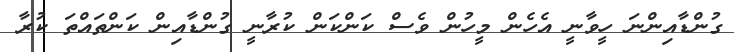
ގުންޑާއިންނަ ހީވާނީ އެހެން މީހުން ވެސް ކަންކަން ކުރާނީ ގުންޑާއިން ކަންތައްތަ ކުރާ